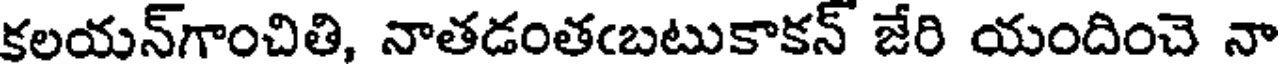
కలయన్గాంచితి, నాతడంతఁబటుకాకన్ జేరి యందించె నా